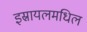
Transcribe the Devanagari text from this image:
इस्रायलमधिल